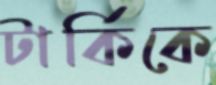
টার্কিকে